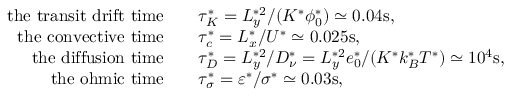
\begin{array} { r l } { \mathrm { t h e ~ t r a n s i t ~ d r i f t ~ t i m e } \ \ \ } & { \tau _ { K } ^ { * } = L _ { y } ^ { * 2 } / ( K ^ { * } \phi _ { 0 } ^ { * } ) \simeq 0 . 0 4 \mathrm { s } , } \\ { \mathrm { t h e ~ c o n v e c t i v e ~ t i m e } \ \ \ } & { \tau _ { c } ^ { * } = L _ { x } ^ { * } / U ^ { * } \simeq 0 . 0 2 5 \mathrm { s } , } \\ { \mathrm { t h e ~ d i f f u s i o n ~ t i m e } \ \ \ } & { \tau _ { D } ^ { * } = L _ { y } ^ { * 2 } / D _ { \nu } ^ { * } = L _ { y } ^ { * 2 } e _ { 0 } ^ { * } / ( K ^ { * } k _ { B } ^ { * } T ^ { * } ) \simeq 1 0 ^ { 4 } \mathrm { s } , } \\ { \mathrm { t h e ~ o h m i c ~ t i m e } \ \ \ } & { \tau _ { \sigma } ^ { * } = \varepsilon ^ { * } / \sigma ^ { * } \simeq 0 . 0 3 \mathrm { s } , } \end{array}